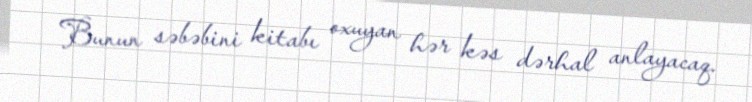
Bunun səbəbini kitabı oxuyan hər kəs dərhal anlayacaq.